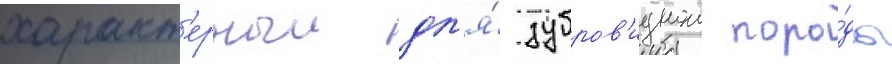
характ'ерныи дл'я́ зубров'иднои поро́ды